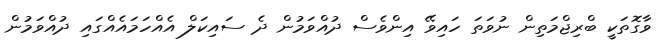
ވާގޮތަކީ ބްރިޖްމަތިން ނުވަތަ ހައިވޭ އިންވެސް ދުއްވަމުން ދެ ސައިކަލް އެއްހަމައެއްގައި ދުއްވަމުން